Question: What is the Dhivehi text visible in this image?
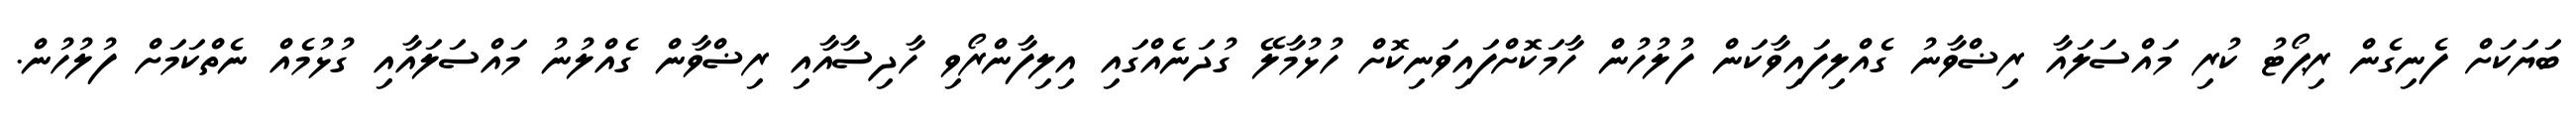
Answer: ބަޔަކަށް ފެނިގެން ރިޕޯޓު ކުރި މައްސަލައާ ރިޟްވާނު ގެއްލިފައިވާކަން ފުލުހުން ހާމަކޮށްފައިވަނިކޮށް ހުޅުމާލޭ ގުދަނެއްގައި އިލިފާންރޯވި ހާދިސާއާއި ރިޟްވާން ގެއްލުނު މައްސަލައާއި ގުޅުމެއް ނެތްކަމަށް ފުލުހުން.